Some observations on the poison of Russell's viper (Daboia russellii) - Number 3
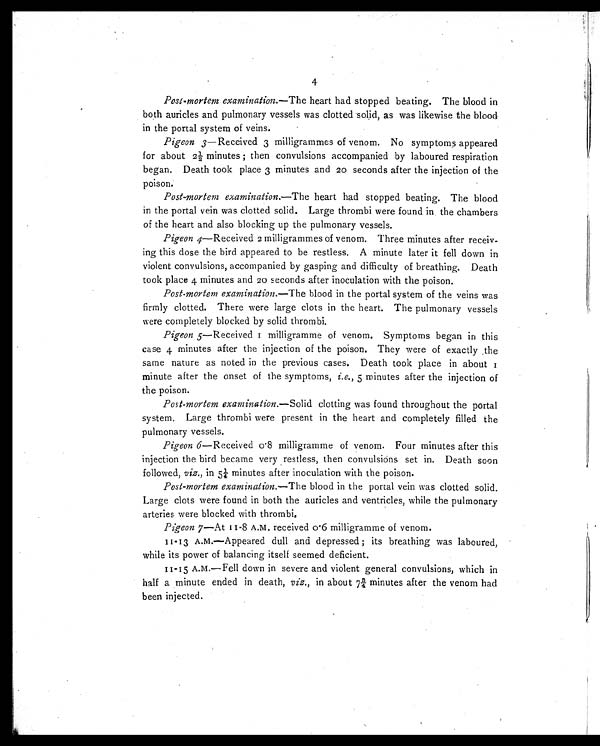
4
Post-mortem examination.—The heart had stopped beating. The blood in
both auricles and pulmonary vessels was clotted solid, as was likewise the blood
in the portal system of veins.
Pigeon 3—Received 3 milligrammes of venom. No symptoms appeared
for about 2½ minutes ; then convulsions accompanied by laboured respiration
began. Death took place 3 minutes and 20 seconds after the injection of the
poison.
Post-mortem examination.—The heart had stopped beating. The blood
in the portal vein was clotted solid. Large thrombi were found in the chambers
of the heart and also blocking up the pulmonary vessels.
Pigeon 4—Received 2 milligrammes of venom. Three minutes after receiv
- i n g t h i s d o s e t h e b i r d a p p e a r e d t o b e r e s t l e s s . A m i n u t e l a t e r i t f e l l d o w n i n
violent convulsions, accompanied by gasping and difficulty of breathing. Death
took place 4 minutes and 20 seconds after inoculation with the poison.
Post.mortem examination.—The blood in the portal system of the veins was
firmly clotted. There were large clots in the heart. The pulmonary vessels
were completely blocked by solid thrombi.
Pigeon 5—Received I milligramme of venom. Symptoms began in this
case 4 minutes after the injection of the poison. They were of exactly -the
same nature as noted in the previous cases. Death took place in about
minute after the onset of the symptoms, i.e., 5 minutes after the injection of
the poison.
Post-mortem examination.—Solid clotting was found throughout the portal
system. Large thrombi were present in the heart and completely filled the
pulmonary vessels.
Pigeon 6—Received 0 . 8 milligramme of venom. Four minutes after this
injection the bird became very restless, then convulsions set in. Death soon
followed, viz., in 5¼ minutes after inoculation with the poison.
Post-mortem examination.—The blood in the portal vein was clotted solid.
Large clots were found in both the auricles and ventricles, while the pulmonary
arteries were blocked with thrombi.
Pigeon 7—At 11-8 A.M. received 0 6 milligramme of venom.
11-13 A.M.—Appeared dull and depressed ; its breathing was laboured,
while its power of balancing itself seemed deficient.
11-15 A.m.—Fell down in severe and violent general convulsions, which in
half a minute ended in death, viz., in about 7¾ minutes after the venom had
been injected.